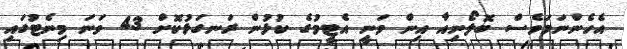
އެހެންނަމަވެސް ބޮލޯނިއާ އިން ވަނީ އެޓީމުގެ ކުޅުން ރަނގަޅުކޮށް 43 ވަނަ މިނެޓުގައި